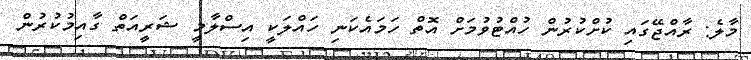
މާލެ: ރާއްޖޭގައި ކުށްކުރުން ހުއްޓުވުމަށް އޮތް ހަމައެކަނި ހައްލަކީ އިސްލާމީ ޝަރީއަތް ގާއިމުކުރުން